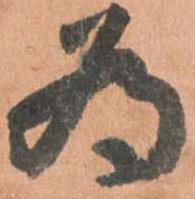
為